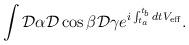
LaTeX: \begin{align*}\int {\cal D} \alpha {\cal D} \cos \beta{\cal D} \gamma e^{{i}\int_{t_a}^{t_b} dt V_{\rm eff}}.\end{align*}